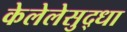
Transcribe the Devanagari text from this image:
केलेलेसुद्धा